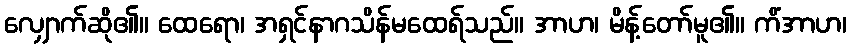
လျှောက်ဆို၏။ ထေရော၊ အရှင်နာဂသိန်မထေရ်သည်။ အာဟ၊ မိန့်တော်မူ၏။ ကိံအာဟ၊